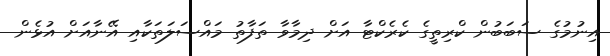
އިނުމުގެ ސަބަބުން ކްރިތީގެ ކެރެކްޓާ އަށް ދިމާވާ ތަފާތު މައްސަލަތަކާއި އޭނާއަށް އުޅެން